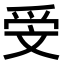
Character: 𣁍